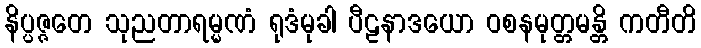
နိပ္ပဇ္ဇတေ သုညတာရမ္မဏံ ရုဒံမုခါ ပီဠနာဒယော ဝစနမုတ္တမန္တိ ကတီတိ